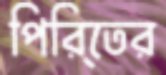
পিরি্তের